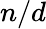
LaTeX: n/d